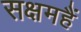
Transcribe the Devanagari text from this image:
सक्षमहैं